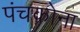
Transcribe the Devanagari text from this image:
पंचकोना